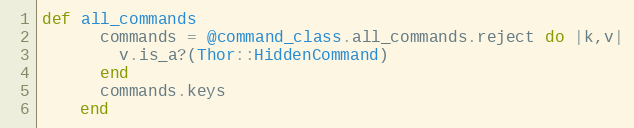
Language: Ruby
def all_commands
      commands = @command_class.all_commands.reject do |k,v|
        v.is_a?(Thor::HiddenCommand)
      end
      commands.keys
    end